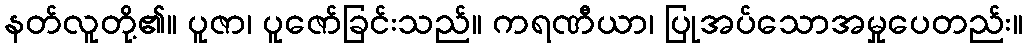
နတ်လူတို့၏။ ပူဇာ၊ ပူဇော်ခြင်းသည်။ ကရဏီယာ၊ ပြုအပ်သောအမှုပေတည်း။